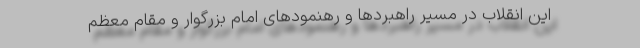
این انقلاب در مسیر راهبردها و رهنمودهای امام بزرگوار و مقام معظم